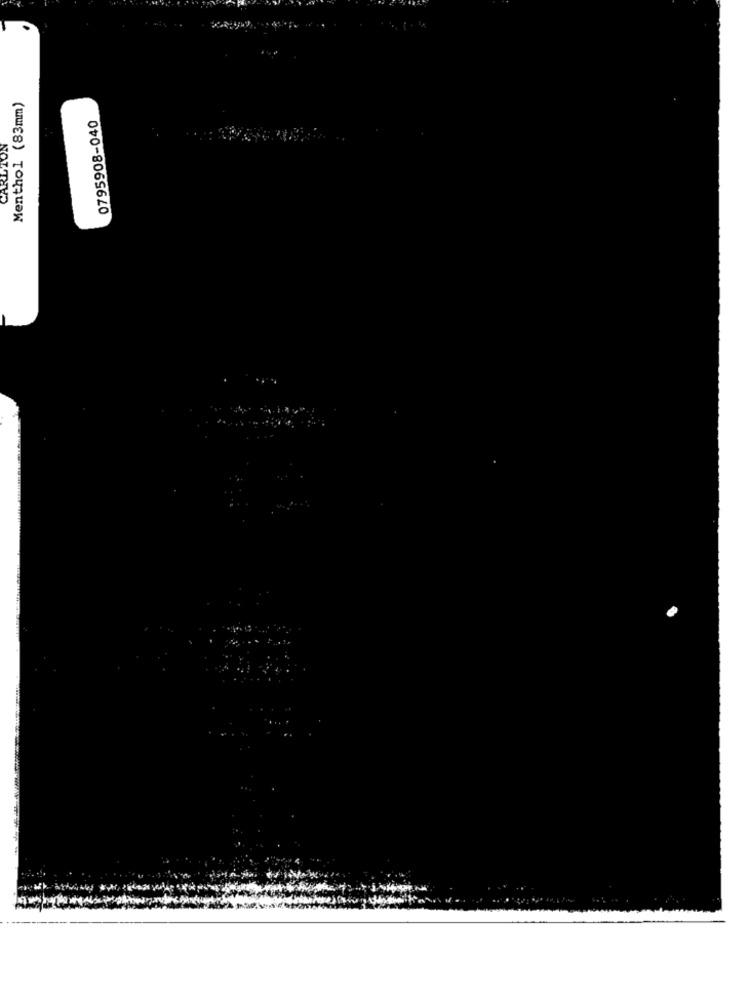
Menthol (83mm)
0795908-040
CARLTON